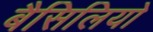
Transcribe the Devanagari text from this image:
बैसिलियो